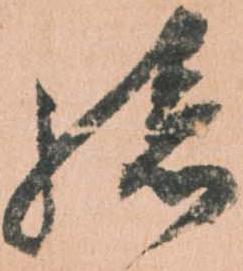
孫